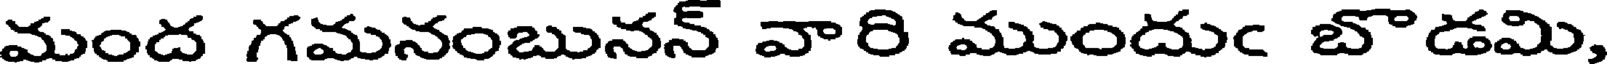
మంద గమనంబునన్ వారి ముందుఁ బొడమి,